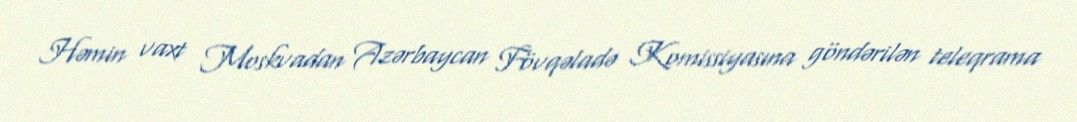
Həmin vaxt Moskvadan Azərbaycan Fövqəladə Komissiyasına göndərilən teleqrama